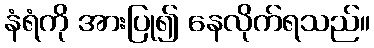
နံရံကို အားပြု၍ နေလိုက်ရသည်။